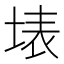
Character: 𭎫